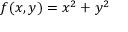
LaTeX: f ( x , y ) = x ^ { 2 } + y ^ { 2 }